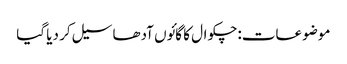
موضوعات:چکوال کا گائوں آدھا سیل کر دیا گیا